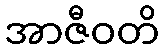
အာဇီဝတိ